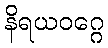
နိရယဝဂ္ဂေ